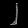
Digit: ၂